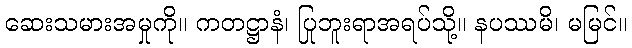
ဆေးသမားအမှုကို။ ကတဋ္ဌာနံ၊ ပြုဘူးရာအရပ်သို့။ နပဿမိ၊ မမြင်။